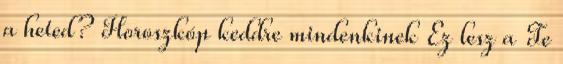
a heted? Horoszkóp keddre mindenkinek Ez lesz a Te